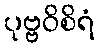
ပုဗ္ဗဝိစိရံ